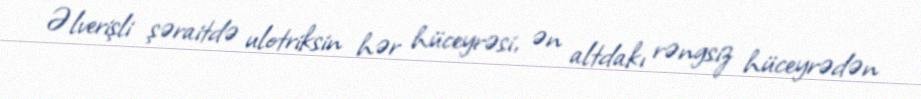
Əlverişli şəraitdə ulotriksin hər hüceyrəsi, ən altdakı rəngsiz hüceyrədən